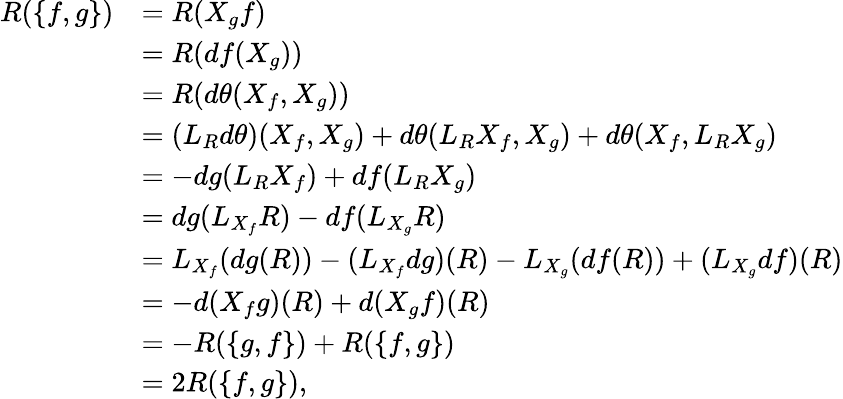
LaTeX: \begin{array}{rl}{R(\lbrace f,g\rbrace)}&{=R(X_{g}f)}\\ &{=R(df(X_{g}))}\\ &{=R(d\theta(X_{f},X_{g}))}\\ &{=(L_{R}d\theta)(X_{f},X_{g})+d\theta(L_{R}X_{f},X_{g})+d\theta(X_{f},L_{R}X_{g})}\\ &{=-dg(L_{R}X_{f})+df(L_{R}X_{g})}\\ &{=dg(L_{X_{f}}R)-df(L_{X_{g}}R)}\\ &{=L_{X_{f}}(dg(R))-(L_{X_{f}}dg)(R)-L_{X_{g}}(df(R))+(L_{X_{g}}df)(R)}\\ &{=-d(X_{f}g)(R)+d(X_{g}f)(R)}\\ &{=-R(\lbrace g,f\rbrace)+R(\lbrace f,g\rbrace)}\\ &{=2R(\lbrace f,g\rbrace),}\end{array}